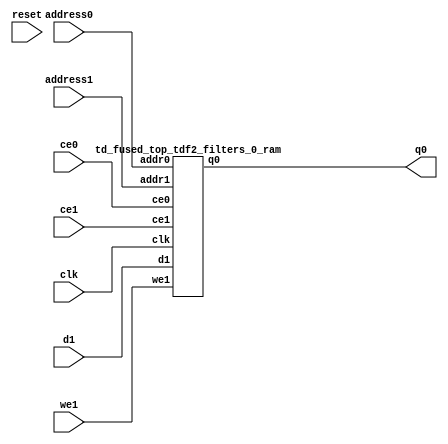
`define EXPONENT 5
`define MANTISSA 10
`define ACTUAL_MANTISSA 11
`define EXPONENT_LSB 10
`define EXPONENT_MSB 14
`define MANTISSA_LSB 0
`define MANTISSA_MSB 9
`define MANTISSA_MUL_SPLIT_LSB 3
`define MANTISSA_MUL_SPLIT_MSB 9
`define SIGN 1
`define SIGN_LOC 15
`define DWIDTH (`SIGN+`EXPONENT+`MANTISSA)
`define IEEE_COMPLIANCE 1

module td_fused_top_tdf2_filters_0(
    reset,
    clk,
    address0,
    ce0,
    q0,
    address1,
    ce1,
    we1,
    d1);

parameter DataWidth = 32'd32;
parameter AddressRange = 32'd576;
parameter AddressWidth = 32'd10;
input reset;
input clk;
input[AddressWidth - 1:0] address0;
input ce0;
output[DataWidth - 1:0] q0;
input[AddressWidth - 1:0] address1;
input ce1;
input we1;
input[DataWidth - 1:0] d1;



td_fused_top_tdf2_filters_0_ram td_fused_top_tdf2_filters_0_ram_U(
    .clk( clk ),
    .addr0( address0 ),
    .ce0( ce0 ),
    .q0( q0 ),
    .addr1( address1 ),
    .ce1( ce1 ),
    .we1( we1 ),
    .d1( d1 )
);

endmodule
module td_fused_top_tdf2_filters_0_ram (addr0, ce0, q0, addr1, ce1, d1, we1,  clk);

parameter DWIDTH = 32;
parameter AWIDTH = 10;
parameter MEM_SIZE = 576;

input[AWIDTH-1:0] addr0;
input ce0;
output reg[DWIDTH-1:0] q0;
input[AWIDTH-1:0] addr1;
input ce1;
input[DWIDTH-1:0] d1;
input we1;
input clk;

 reg [DWIDTH-1:0] ram[MEM_SIZE-1:0];




always @(posedge clk)  
begin 
    if (ce0) begin
        q0 <= ram[addr0];
    end
end


always @(posedge clk)  
begin 
    if (ce1) begin
        if (we1) 
            ram[addr1] <= d1; 
    end
end


endmodule